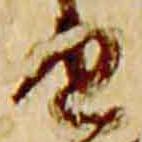
由